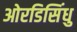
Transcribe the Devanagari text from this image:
ओरडिसिंधु